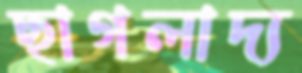
ছাগলাদ্য